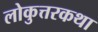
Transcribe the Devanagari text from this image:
लोकुत्तरकथा